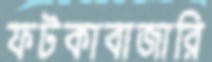
ফটকাবাজারি